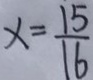
x = \frac { 1 5 } { 1 6 }